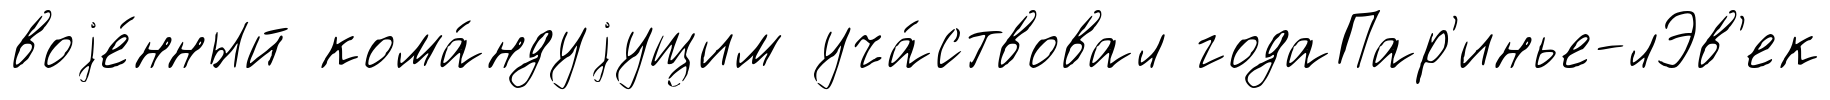
воjе́нный кома́ндуjущим уча́ствовал годаПар'инье-лЭв'ек